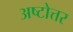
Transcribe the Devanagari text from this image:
अष्टोत्तर